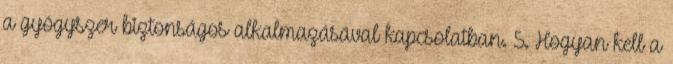
a gyógyszer biztonságos alkalmazásával kapcsolatban. 5. Hogyan kell a